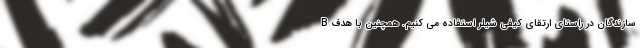
B سازندگان در راستای ارتقای کیفی شیلر استفاده می کنیم. همچنین با هدف